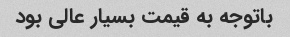
باتوجه به قیمت بسیار عالی بود